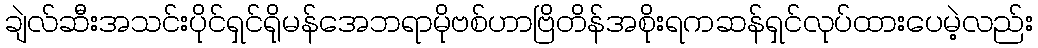
ချဲလ်ဆီးအသင်းပိုင်ရှင်ရိုမန်အေဘရာမိုဗစ်ဟာဗြိတိန်အစိုးရကဆန်ရှင်လုပ်ထားပေမဲ့လည်း